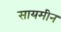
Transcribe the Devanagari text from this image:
सायमीन